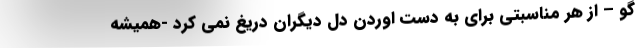
گو – از هر مناسبتی برای به دست اوردن دل دیگران دریغ نمی کرد -همیشه